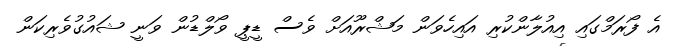
އެ ފޯރަމްގައި އިއުލާންކުރި އައިހެވަން މަޝްރޫއަށް ވެސް ޑީޕީ ވޯލްޑުން ވަނީ ޝައުގުވެރިކަން